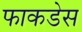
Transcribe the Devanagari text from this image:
फाकडेस